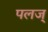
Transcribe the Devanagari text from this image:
पलज्